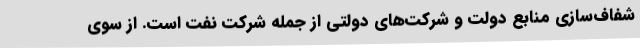
شفاف‌سازی منابع دولت و شرکت‌های دولتی از جمله شرکت نفت است. از سوی